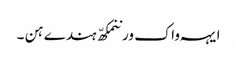
ایہہ واک ورننمکھّ ہندے ہن ۔